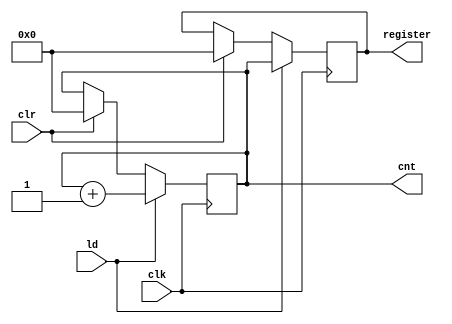
`timescale 1ps/1ps
module UART_datapath(input clk,ld,clr,output reg[63:0]cnt,output reg[63:0] register);

always@(posedge clk) begin

	if(clr)begin
		cnt <= 64'b0;
	end
		
	if(ld) begin
		cnt <= cnt + 1;

	end
end

always @(posedge clk) begin
 if(clr)begin
		register <= 64'b0;
	end
 if (ld)
 begin
 	register <= cnt;
 end
end
//---------------

endmodule